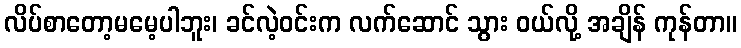
လိပ်စာတော့မမေ့ပါဘူး၊ ခင်လဲ့ဝင်းက လက်ဆောင် သွား ဝယ်လို့ အချိန် ကုန်တာ။